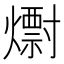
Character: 𱬞